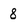
Character: 8